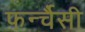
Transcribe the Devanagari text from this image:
फर्न्चैसी